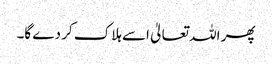
پھر اللہ تعالیٰ اسے ہلاک کر دے گا۔